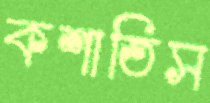
কশাতিস